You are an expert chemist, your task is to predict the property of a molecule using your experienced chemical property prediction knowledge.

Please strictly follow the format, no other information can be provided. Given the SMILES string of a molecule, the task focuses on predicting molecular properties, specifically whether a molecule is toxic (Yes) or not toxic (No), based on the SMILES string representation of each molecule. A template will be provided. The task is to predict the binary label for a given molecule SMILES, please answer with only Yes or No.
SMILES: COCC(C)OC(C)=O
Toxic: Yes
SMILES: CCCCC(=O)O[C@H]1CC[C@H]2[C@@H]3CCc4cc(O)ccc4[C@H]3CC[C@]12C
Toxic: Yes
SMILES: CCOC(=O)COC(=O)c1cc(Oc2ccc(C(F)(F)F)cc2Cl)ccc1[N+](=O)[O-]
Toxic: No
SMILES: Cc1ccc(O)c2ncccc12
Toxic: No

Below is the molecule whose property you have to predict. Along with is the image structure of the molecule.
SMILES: COc1cc([C@@H]2c3cc4c(cc3[C@@H](O)[C@H]3COC(=O)[C@H]23)OCO4)cc(OC)c1O
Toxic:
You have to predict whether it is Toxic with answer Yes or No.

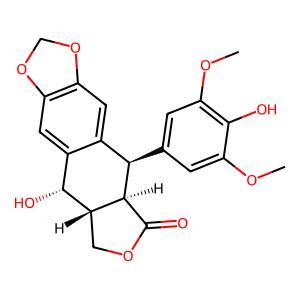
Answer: No